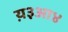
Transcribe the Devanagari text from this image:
य़३आ४